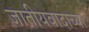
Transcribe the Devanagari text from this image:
जातीयवादाच्या